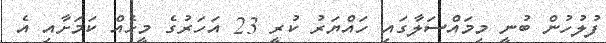
ފުލުހުން ބުނީ މިމައްސަލާގައި ހައްޔަރު ކުރީ 23 އަހަރުގެ މީހެއް ކަމަށާއި އެ